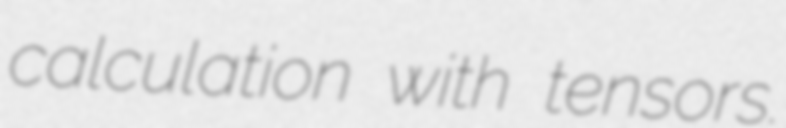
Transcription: calculation with tensors.